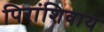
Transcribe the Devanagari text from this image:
पिरांशिवाय